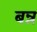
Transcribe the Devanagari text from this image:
बन्न